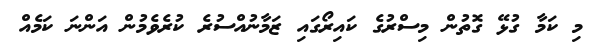
މި ކަމާ ގުޅޭ ގޮތުން މިސްރުގެ ކައިރޯގައި ޒަމާނުއްސުރެ ކުރެވެމުން އަންނަ ކަމެއް